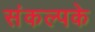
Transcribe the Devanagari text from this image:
संकल्पके